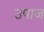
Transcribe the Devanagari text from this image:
उपाज